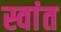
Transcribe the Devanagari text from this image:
स्वांत